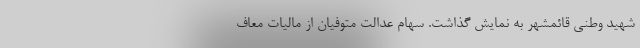
شهید وطنی قائمشهر به نمایش گذاشت. سهام عدالت متوفیان از مالیات معاف